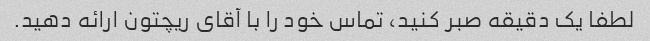
لطفا یک دقیقه صبر کنید، تماس خود را با آقای ریچتون ارائه دهید.